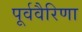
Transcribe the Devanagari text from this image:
पूर्ववैरिणा